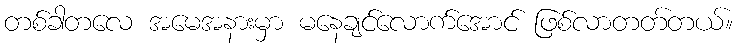
တစ်ခါတလေ အမေအနားမှာ မနေချင်လောက်အောင် ဖြစ်လာတတ်တယ်။